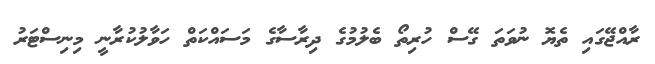
ރާއްޖޭގައި ތެޔޮ ނުވަތަ ގޭސް ހުރިތޯ ބެލުމުގެ ދިރާސާގެ މަސައްކަތް ހަވާލުކުރާނީ މިނިސްޓަރު